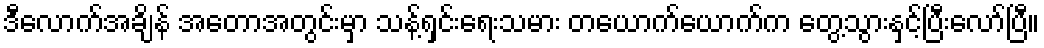
ဒီလောက်အချိန် အတောအတွင်းမှာ သန့်ရှင်းရေးသမား တယောက်ယောက်က တွေ့သွားနှင့်ပြီးလော်ပြီ။